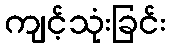
ကျင့်သုံးခြင်း